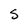
Character: S